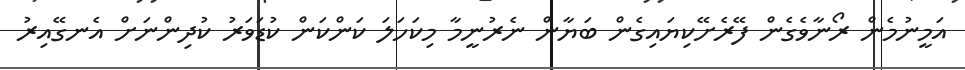
އަމީނުމެން ރޯނާވެގެން ފޭރެށޭކިޔައިގެން ބަޔާން ނެރުނީމާ މިކަހަލަ ކަންކަން ކުޑަވަރު ކުދިންނަށް އެނގޭއިރު